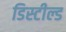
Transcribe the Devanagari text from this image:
डिस्टील्ड